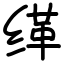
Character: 缂